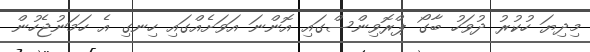
މިދިޔަ ހުކުރު ދުވަހު ބާގޯ ޕްރޮވިންސްގައި އޮންނަ އަވަށެއްގައި ހިނގި އެ ހަމަނުޖެހުން